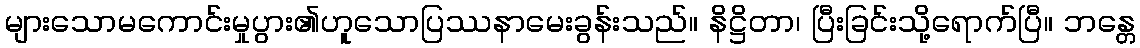
များသောမကောင်းမှုပွား၏ဟူသောပြဿနာမေးခွန်းသည်။ နိဋ္ဌိတာ၊ ပြီးခြင်းသို့ရောက်ပြီ။ ဘန္တေ